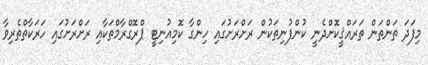
މިފަދަ ތަންތަން ތަރައްޤީކޮށްދެނީ ކުންފުނިތަކުން ރަށްރަށުގައި ހިންގާ ކޮމިއުނިޓީ ޕްރޮގްރާމްތަކާއި ރަށްރަށުގައި ހަރަކާތްތެރިވާ